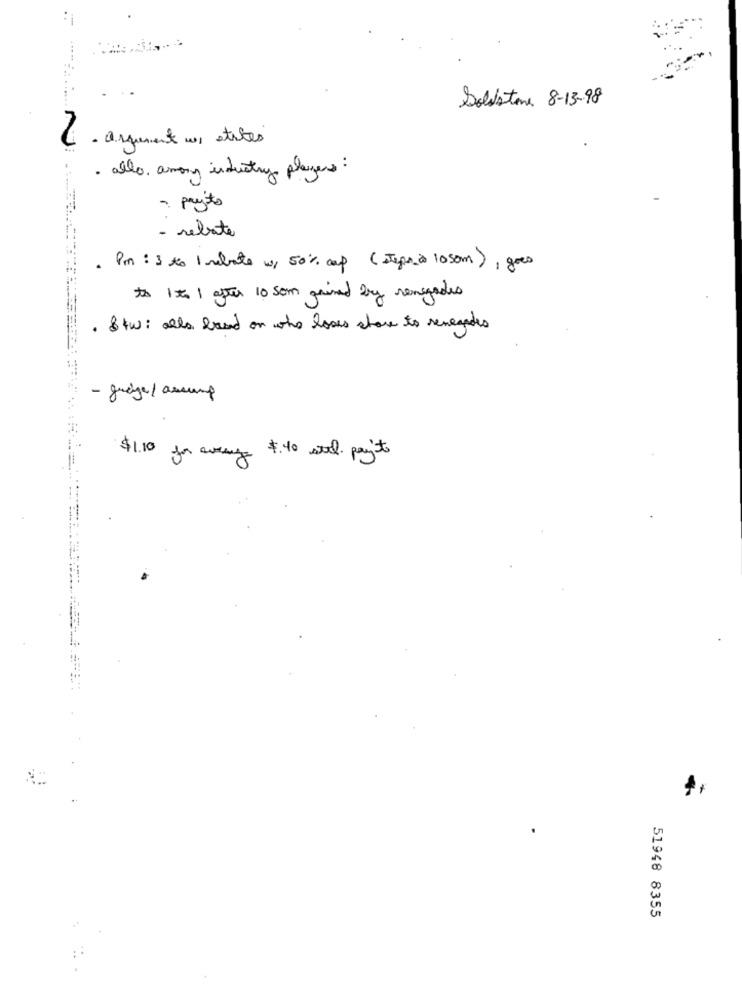
Solistene 8-13-98
· asquement we etites
· allo. among industry players :
- paysto
- rebate
. Pm : 3 to 1 rebate w, 50% cap (etepasà 1050m) , goes
to 1 to 1 after 10 som gained by renegades
. &tw: alla band on who loves share to renegades
- gudge/assump
$1.10 for way $40 stil payit
51948 8355